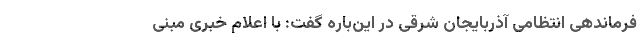
فرماندهی انتظامی آذربایجان شرقی در این‌باره گفت: با اعلام خبری مبنی